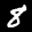
Label: 8